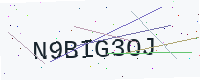
Text: N9BIG3OJ